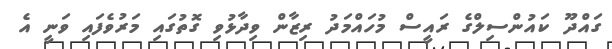
ގައްދޫ ކައުންސިލްގެ ރައީސް މުހައްމަދު ރިޒާން ވިދާޅުވި ގޮތުގައި މަރުވެފައި ވަނީ އެ